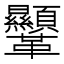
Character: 𩎍